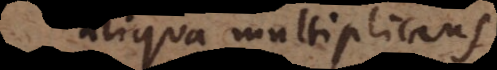
aliqua multiplicans